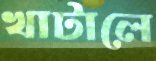
খাটালে